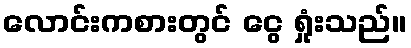
လောင်းကစားတွင် ငွေ ရှုံးသည်။